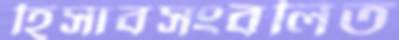
হিসাবসংবলিত